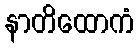
နာတိထောကံ